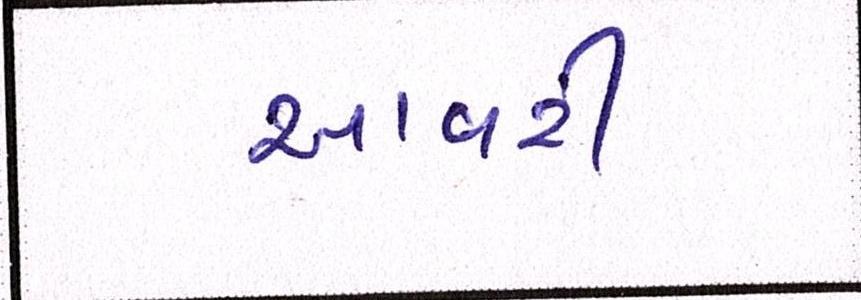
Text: આવરી